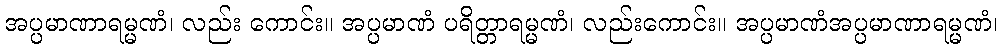
အပ္ပမာဏာရမ္မဏံ၊ လည်း ကောင်း။ အပ္ပမာဏံ ပရိတ္တာရမ္မဏံ၊ လည်းကောင်း။ အပ္ပမာဏံအပ္ပမာဏာရမ္မဏံ၊